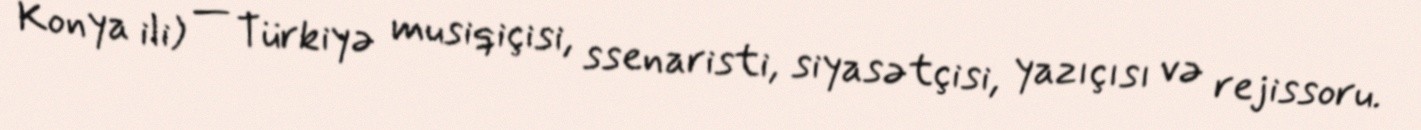
Konya ili) — Türkiyə musiqiçisi, ssenaristi, siyasətçisi, yazıçısı və rejissoru.